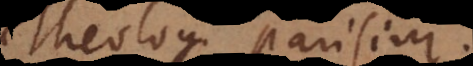
Theologi Parisini.